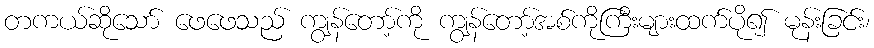
တကယ်ဆိုသော် ဖေဖေသည် ကျွန်တော့်ကို ကျွန်တော့်အစ်ကိုကြီးများထက်ပို၍ မုန်းခြင်း၊